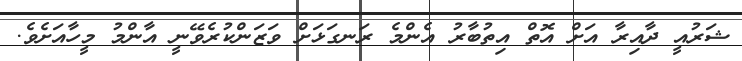
ޝަރުއީ ދާއިރާ އަށް އޮތް އިތުބާރު އެންމެ ރަނގަޅަށް ވަޒަންކުރެވޭނީ އާންމު މީހާއަށެވެ.